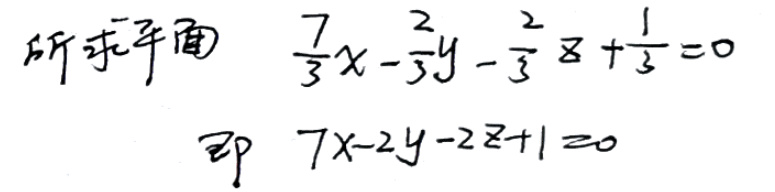
所求平面\(\frac{7}{3}x-\frac{2}{3}y-\frac{2}{3}z+\frac{1}{3}=0\)

即\(7x - 2y - 2z+1=0\)